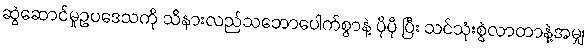
ဆွဲဆောင်မှုဥပဒေသကို သိနားလည်သဘောပေါက်စွာနဲ့ ပိုပို ပြီး သင်သုံးစွဲလာတာနဲ့အမျှ